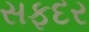
સફદર